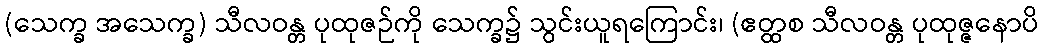
(သေက္ခ အသေက္ခ) သီလဝန္တ ပုထုဇဉ်ကို သေက္ခ၌ သွင်းယူရကြောင်း၊ (ဧတ္ထစ သီလဝန္တ ပုထုဇ္ဇနောပိ